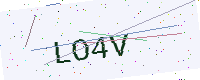
Text: LO4V